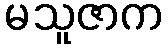
မသူဇာက